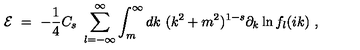
{ \cal E } \ = \ - \frac 1 4 C _ { s } \ \sum _ { l = - \infty } ^ { \infty } \int _ { m } ^ { \infty } d k \ ( k ^ { 2 } + m ^ { 2 } ) ^ { 1 - s } \partial _ { k } \ln f _ { l } ( i k ) \ ,